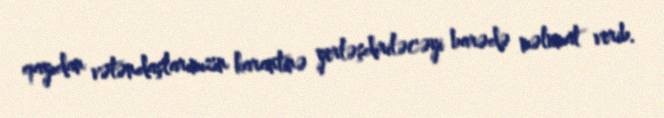
qayıdan vətəndaşlarımızın karantinə yerləşdiriləcəyi barədə məlumat verib.